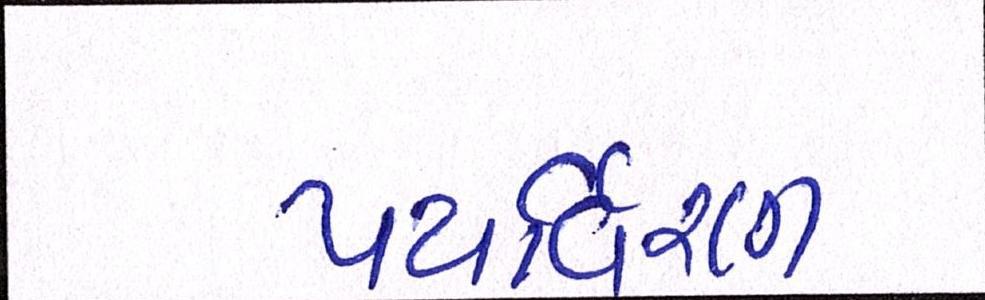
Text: પયર્વિરણ